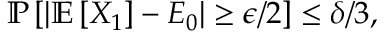
\begin{array} { r } { \mathbb { P } \left[ | \mathbb { E } \left[ X _ { 1 } \right] - E _ { 0 } | \ge \epsilon / 2 \right] \le \delta / 3 , } \end{array}